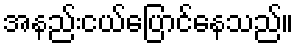
အနည်းငယ်ပြောင်နေသည်။